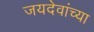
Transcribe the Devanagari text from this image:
जयदेवांच्या